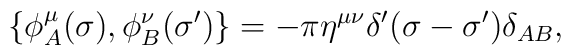
\{ \phi_A^{\mu}(\sigma) , \phi_B^{\nu}(\sigma')\} =-\pi \eta^{\mu\nu}\delta'(\sigma-\sigma')\delta_{AB},